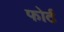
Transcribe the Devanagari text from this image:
फोर्ठ